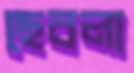
ছেবলা